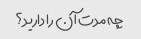
چه مدت آن را دارید؟